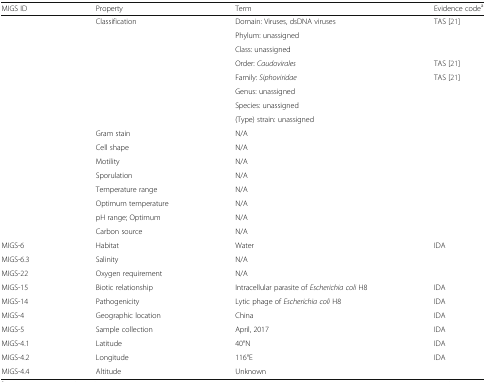
<table><thead><tr><td><b>MIGS ID</b></td><td><b>Property</b></td><td><b>Term</b></td><td><b>Evidence code<sup>a</sup></b></td></tr></thead><tbody><tr><td></td><td>Classification</td><td>Domain: Viruses, dsDNA viruses</td><td>TAS [21]</td></tr><tr><td></td><td></td><td>Phylum: unassigned</td><td></td></tr><tr><td></td><td></td><td>Class: unassigned</td><td></td></tr><tr><td></td><td></td><td>Order: <i>Caudovirales</i></td><td>TAS [21]</td></tr><tr><td></td><td></td><td>Family: <i>Siphoviridae</i></td><td>TAS [21]</td></tr><tr><td></td><td></td><td>Genus: unassigned</td><td></td></tr><tr><td></td><td></td><td>Species: unassigned</td><td></td></tr><tr><td></td><td></td><td>(Type) strain: unassigned</td><td></td></tr><tr><td></td><td>Gram stain</td><td>N/A</td><td></td></tr><tr><td></td><td>Cell shape</td><td>N/A</td><td></td></tr><tr><td></td><td>Motility</td><td>N/A</td><td></td></tr><tr><td></td><td>Sporulation</td><td>N/A</td><td></td></tr><tr><td></td><td>Temperature range</td><td>N/A</td><td></td></tr><tr><td></td><td>Optimum temperature</td><td>N/A</td><td></td></tr><tr><td></td><td>pH range; Optimum</td><td>N/A</td><td></td></tr><tr><td></td><td>Carbon source</td><td>N/A</td><td></td></tr><tr><td>MIGS-6</td><td>Habitat</td><td>Water</td><td>IDA</td></tr><tr><td>MIGS-6.3</td><td>Salinity</td><td>N/A</td><td></td></tr><tr><td>MIGS-22</td><td>Oxygen requirement</td><td>N/A</td><td></td></tr><tr><td>MIGS-15</td><td>Biotic relationship</td><td>Intracellular parasite of <i>Escherichia coli</i> H8</td><td>IDA</td></tr><tr><td>MIGS-14</td><td>Pathogenicity</td><td>Lytic phage of <i>Escherichia coli</i> H8</td><td>IDA</td></tr><tr><td>MIGS-4</td><td>Geographic location</td><td>China</td><td>IDA</td></tr><tr><td>MIGS-5</td><td>Sample collection</td><td>April, 2017</td><td>IDA</td></tr><tr><td>MIGS-4.1</td><td>Latitude</td><td>40°N</td><td>IDA</td></tr><tr><td>MIGS-4.2</td><td>Longitude</td><td>116°E</td><td>IDA</td></tr><tr><td>MIGS-4.4</td><td>Altitude</td><td>Unknown</td><td></td></tr></tbody></table>